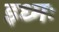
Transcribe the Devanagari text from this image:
इध्मः